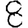
Digit: 8